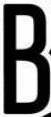
B